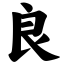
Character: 良